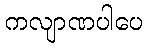
ကလျာဏပါပေ